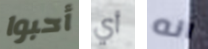
أحبوا أي انه